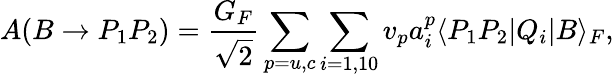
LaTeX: A(B\to P_{1}P_{2})=\frac{G_{F}}{\sqrt{2}}\sum_{p=u,c}\sum_{i=1,10}v_{p}a_{i}^{p}\langle P_{1}P_{2}\vert Q_{i}\vert B\rangle_{F},